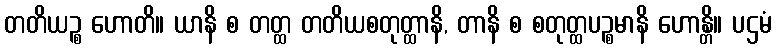
တတိယဉ္စ ဟောတိ။ ယာနိ စ တတ္ထ တတိယစတုတ္ထာနိ, တာနိ စ စတုတ္ထပဉ္စမာနိ ဟောန္တိ။ ပဌမံ